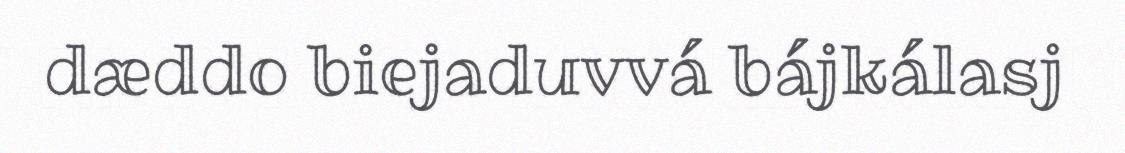
dæddo biejaduvvá bájkálasj